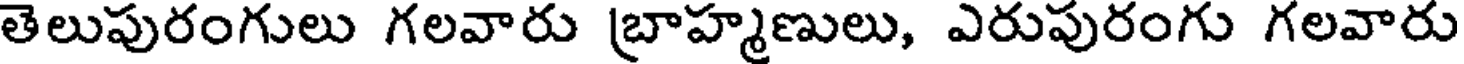
తెలుపురంగులు గలవారు బ్రాహ్మణులు, ఎరుపురంగు గలవారు